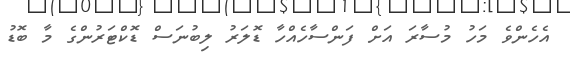
އެހެންވެ މަހު މުސާރަ އަށް ފަންސާހެއްހާ ޑޮލަރު ލިބުނަސް ޑޮކްޓަރުންގެ މާ ބޮޑު